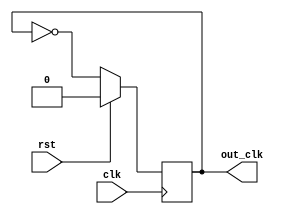
module clock_divider_by2 (clk ,rst, out_clk);
	output reg out_clk;
	input clk ;
	input rst;
	always @(posedge clk)
	begin
	
	//if rest is 1, divider clock will set to 0
	if (rst)
		out_clk <= 1'b0;
	else
	//else if reset is 0, all divider clock
		out_clk <= ~out_clk;	
	
	end
endmodule